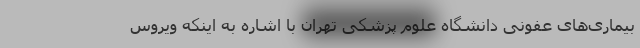
بیماری‌های عفونی دانشگاه علوم پزشکی تهران با اشاره به اینکه ویروس